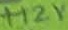
Text: +12V